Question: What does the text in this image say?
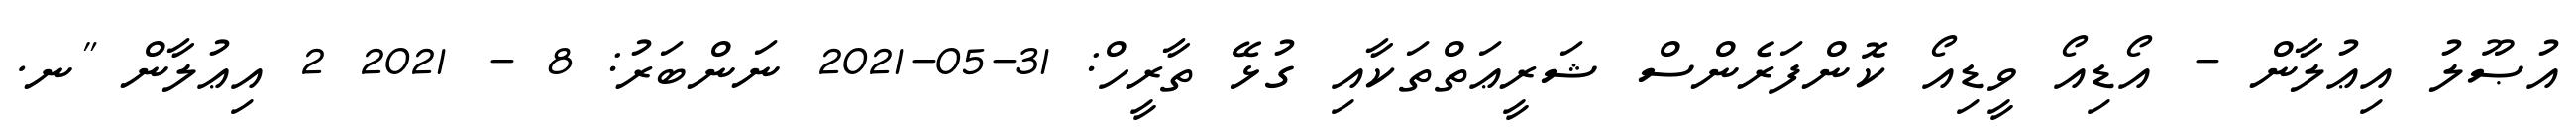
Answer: އުޞޫލު އިޢުލާން - އޯޑިއޯ ވީޑިއޯ ކޮންފަރެންސް ޝަރީޢަތްތަކާއި ގުޅޭ ތާރީހް: 31-05-2021 ނަންބަރު: 8 - 2021 2 އިޢުލާން "ނ.